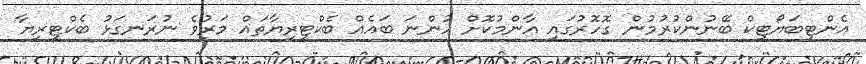
އެންޓިބަޔޯޓިކް ބޭނުންކުރުމުން ގޮހޮރުގައި އާންމުކޮށް ހުންނަ ބައެއް ބެކްޓީރިޔާތައް މަރުވެ ނުރަނގަޅު ބެކްޓީރިޔާ